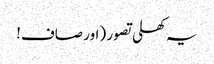
یہ کھلی تصور (اور صاف!